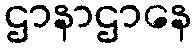
ဌာနာဌာနေ